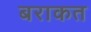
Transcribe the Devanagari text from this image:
बराकत